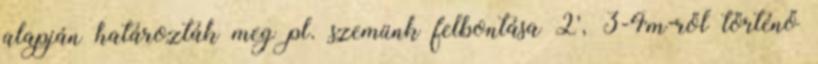
alapján határozták meg pl. szemünk felbontása 2’, 3-4m-ről történő